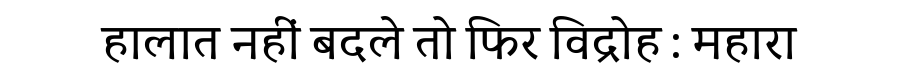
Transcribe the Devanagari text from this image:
हालात नहीं बदले तो फिर विद्रोह : महारा